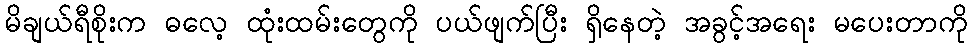
မိချယ်ရီစိုးက ဓလေ့ ထုံးထမ်းတွေကို ပယ်ဖျက်ပြီး ရှိနေတဲ့ အခွင့်အရေး မပေးတာကို